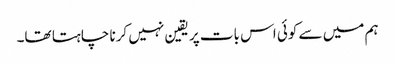
ہم میں سے کوئی اس بات پر یقین نہیں کرنا چاہتا تھا۔